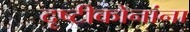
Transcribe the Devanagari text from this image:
दृष्टीकोनांना